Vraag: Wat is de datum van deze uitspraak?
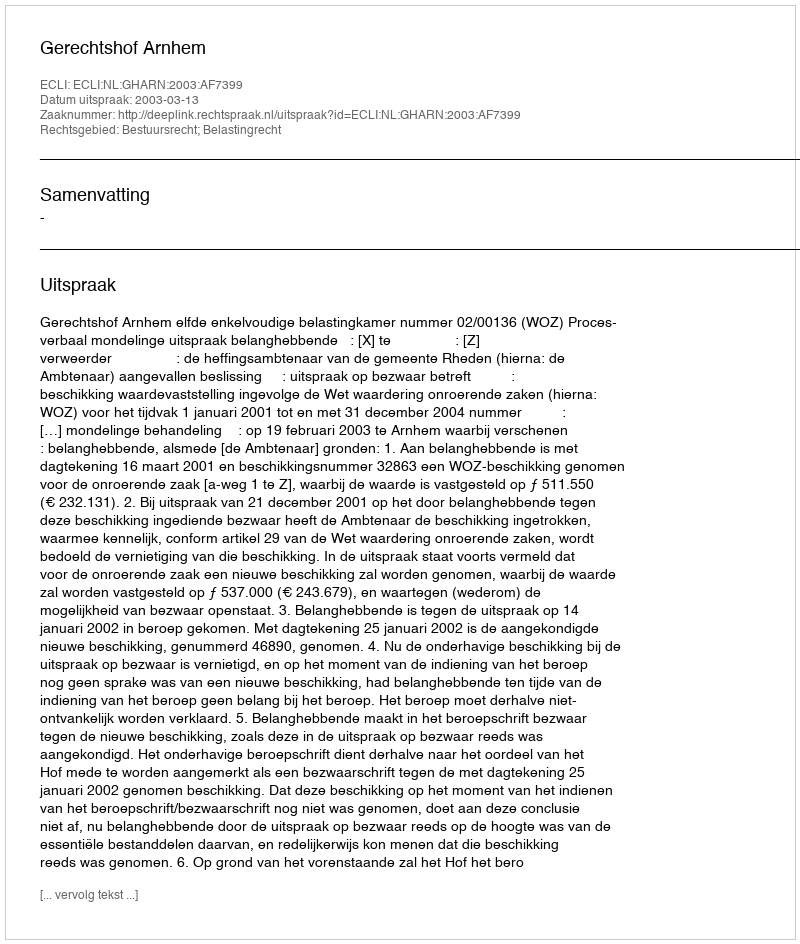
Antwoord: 2003-03-13